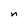
Character: n